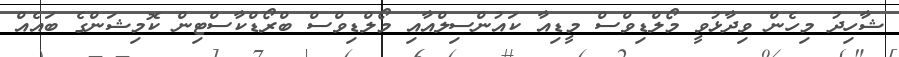
ޝާހިދު މިހެން ވިދާޅުވީ މޯލްޑިވްސް މީޑިއާ ކައުންސިލްއާއި މޯލްޑިވްސް ބްރޯޑްކާސްޓިން ކޮމިޝަންގެ ބައެއް